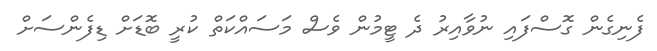
ފެނިގެން ގޮސްފައި ނުވާއިރު ދެ ޓީމުން ވެސް މަސައްކަތް ކުރީ ބޮޑަށް ޑިފެންސަށް